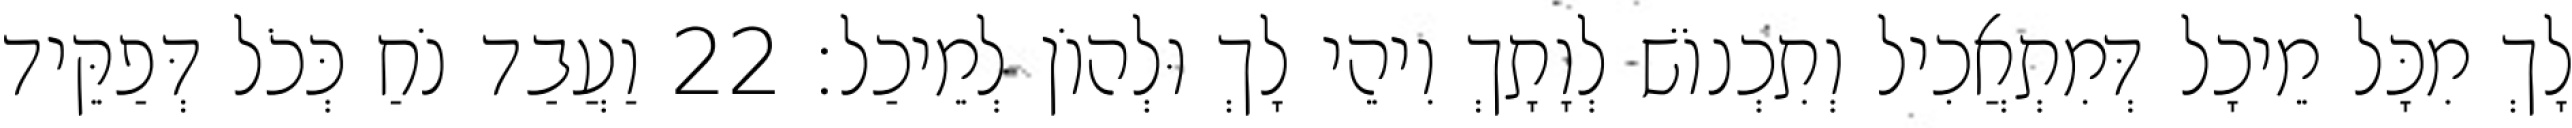
לָךְ מִכָּל מֵיכָל דְּמִתְאֲכִיל וְתִכְנוֹשׁ לְוָתָךְ וִיהֵי לָךְ וּלְהוֹן לְמֵיכַל׃ 22 וַעֲבַד נֹחַ כְּכֹל דְּפַקֵּיד